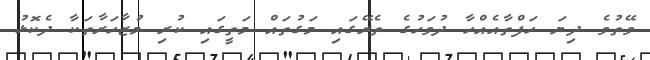
ވޭތުވެ ދިޔަ ހަފްތާއެއްހާ ދުވަހުގެ ތެރޭގައި މަގުތައް މަތީގައި ކުރި މުޒާހަރާތަކާ ދެކޮޅު